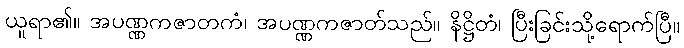
ယူရာ၏။ အပဏ္ဏကဇာတကံ၊ အပဏ္ဏကဇာတ်သည်။ နိဋ္ဌိတံ၊ ပြီးခြင်းသို့ရောက်ပြီ။